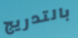
بالتدريج